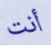
أنت